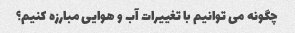
چگونه می توانیم با تغییرات آب و هوایی مبارزه کنیم؟